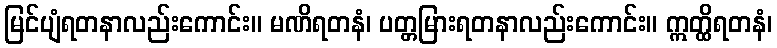
မြင်ပျံရတနာလည်းကောင်း။ မဏိရတနံ၊ ပတ္တမြားရတနာလည်းကောင်း။ ဣတ္ထိရတနံ၊